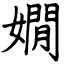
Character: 嫺